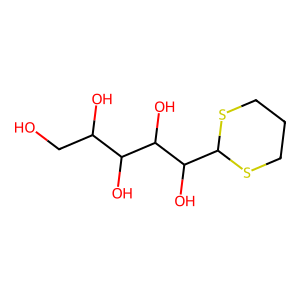
SMILES: OCC(O)C(O)C(O)C(O)C1SCCCS1
Inhibits HIV replication: No